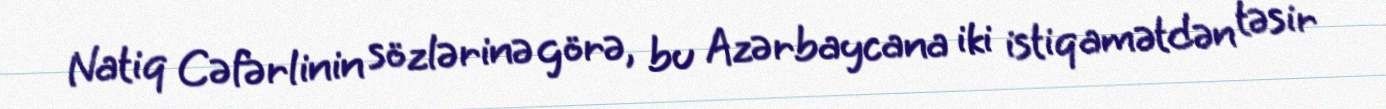
Natiq Cəfərlinin sözlərinə görə, bu Azərbaycana iki istiqamətdən təsir